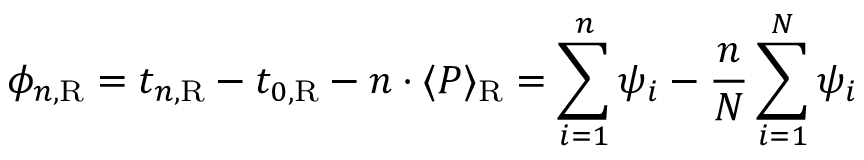
\phi _ { n , { \mathrm R } } = t _ { n , \mathrm R } - t _ { 0 , \mathrm R } - n \cdot \langle P \rangle _ { \mathrm R } = \sum _ { i = 1 } ^ { n } \psi _ { i } - { \frac { n } { N } } \sum _ { i = 1 } ^ { N } \psi _ { i }